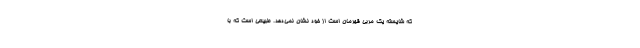
که شایسته یک مربی قهرمان است از خود نشان نمی‌دهد. طبیعی است که با